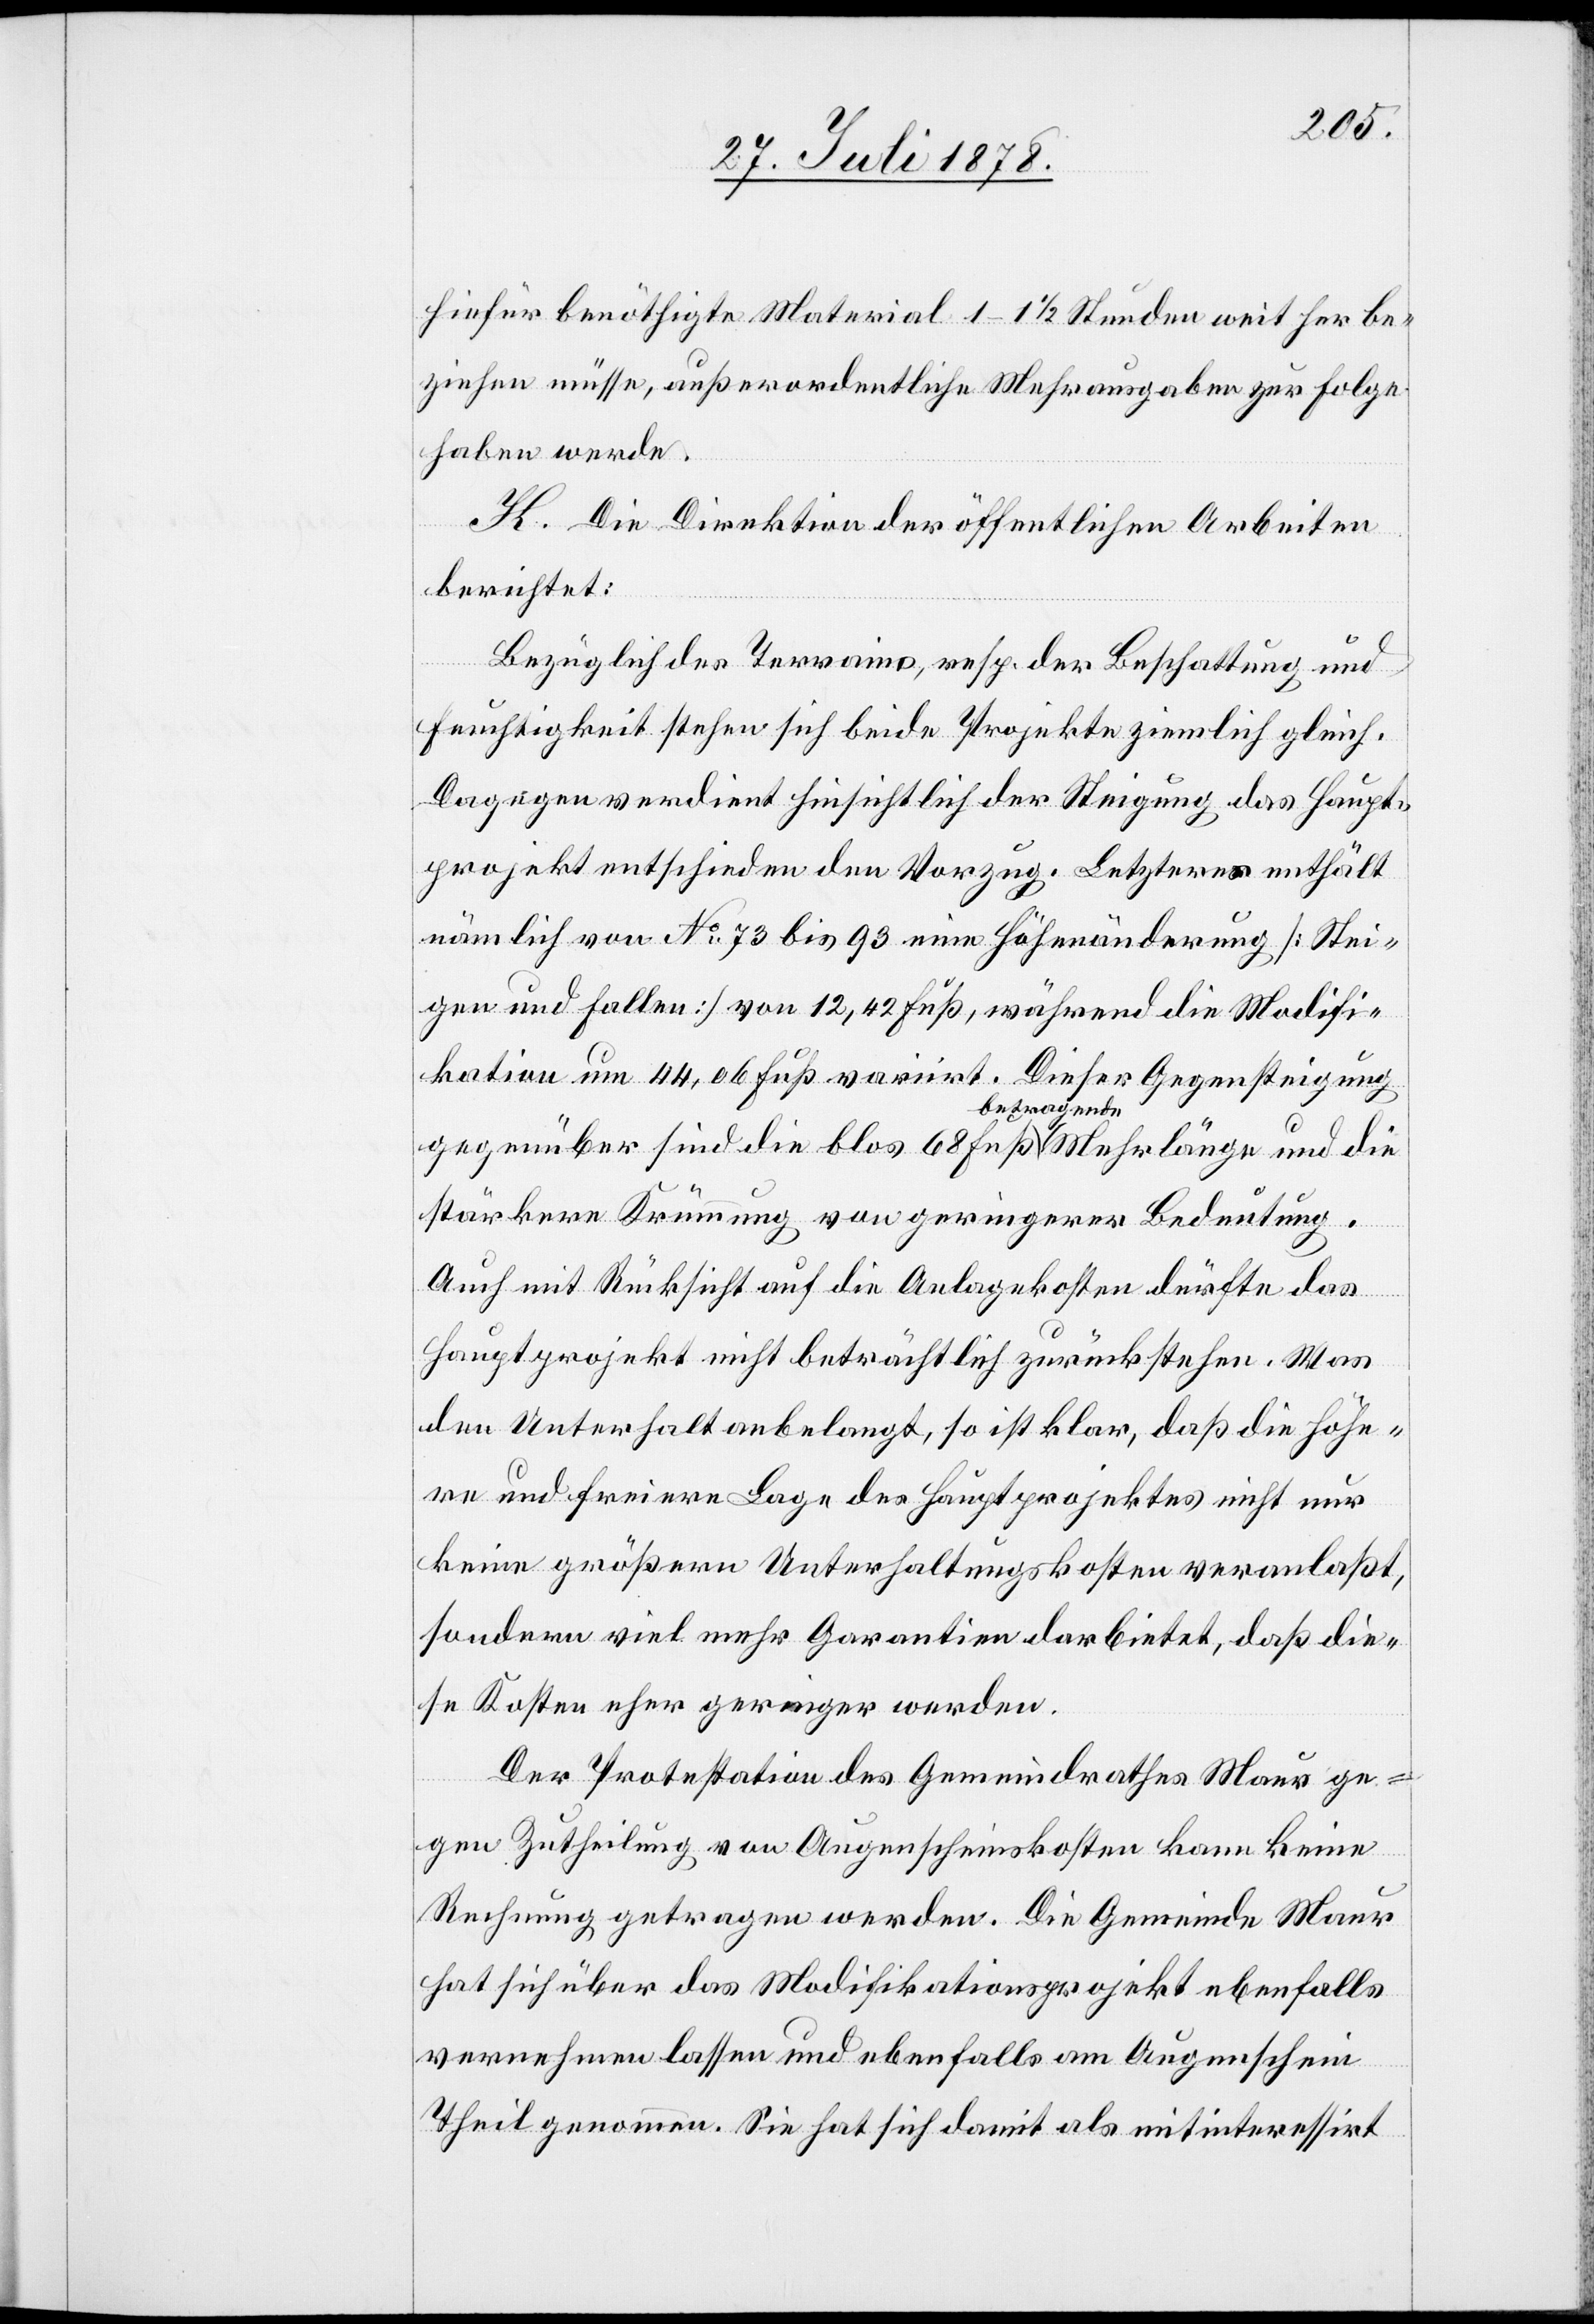
hiefür benöthigte Material 1–1 1/2 Stunden weit her be¬
ziehen müsse, außerordentliche Mehrausgaben zur Folge
haben werde.
K. Die Direktion der öffentlichen Arbeiten
berichtet:
Bezüglich des Terrains, resp. der Beschattung und
Feuchtigkeit stehen sich beide Projekte ziemlich gleich.
Dagegen verdient hinsichtlich der Steigung das Haupt¬
projekt entschieden den Vorzug. Letztere enthält
nämlich von No 73 bis 93 eine Höhenänderung [Stei¬
gen und fallen] von 12,42 Fuß, während die Modifi¬
kation um 44,06 Fuß variirt. Dieser Gegensteigung
gegenüber sind die blos 68 Fuß betragende Mehrlänge und die
stärkere Krümmung von geringerer Bedeutung.
Auch mit Rücksicht auf die Anlagekosten dürfte das
Hauptprojekt nicht beträchtlich zurückstehen. Was
den Unterhalt anbelangt, so ist klar, daß die höhe¬
re und freiere Lage des Hauptprojektes nicht nur
keine größern Unterhaltungskosten veranlaßt,
sondern viel mehr Garantien darbietet, daß die¬
se Kosten eher geringer werden.
Der Protestation des Gemeindrathes Maur ge¬
gen Zutheilung von Augenscheinskosten kann keine
Rechnung getragen werden. Die Gemeinde Maur
hat sich über das Modifikationsprojekt ebenfalls
vernehmen lassen und ebenfalls am Augenschein
Theil genommen. Sie hat sich damit als mitinteressirt